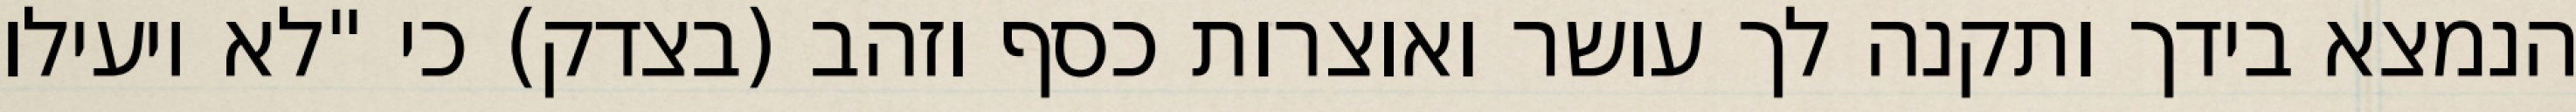
הנמצא בידך ותקנה לך עושר ואוצרות כסף וזהב (בצדק) כי "לא יועילו